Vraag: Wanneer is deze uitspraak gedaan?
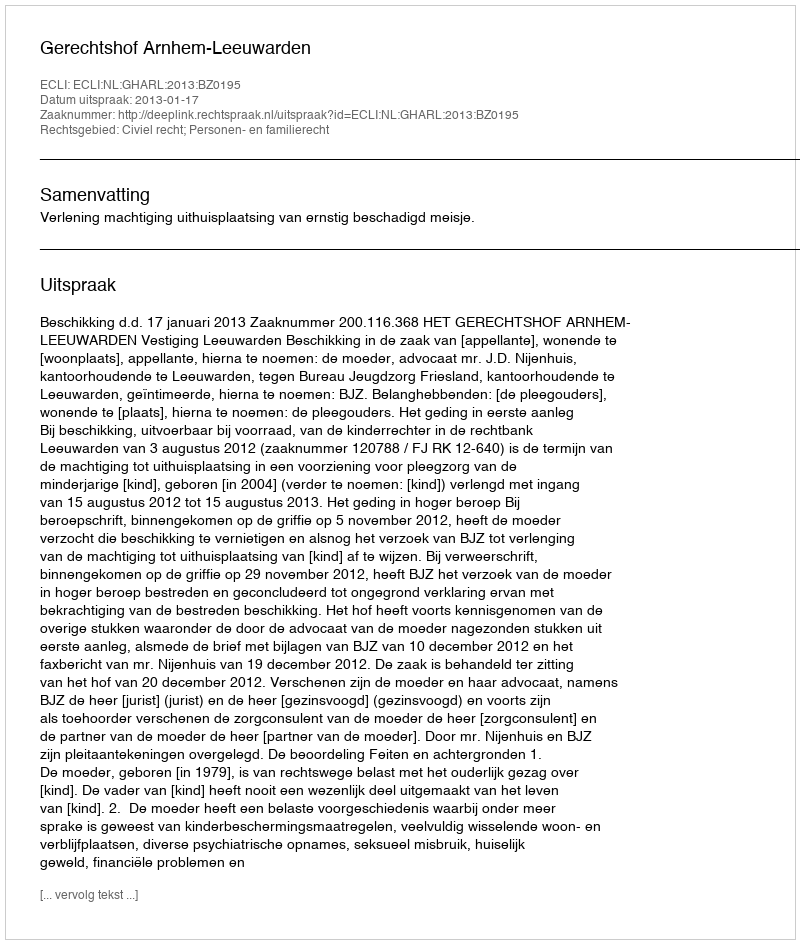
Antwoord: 2013-01-17